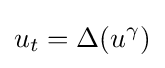
\displaystyle u_{t}=\Delta (u^{\gamma })